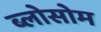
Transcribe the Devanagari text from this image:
ब्लोसोम